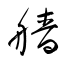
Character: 艢